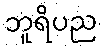
ဘူရိပည